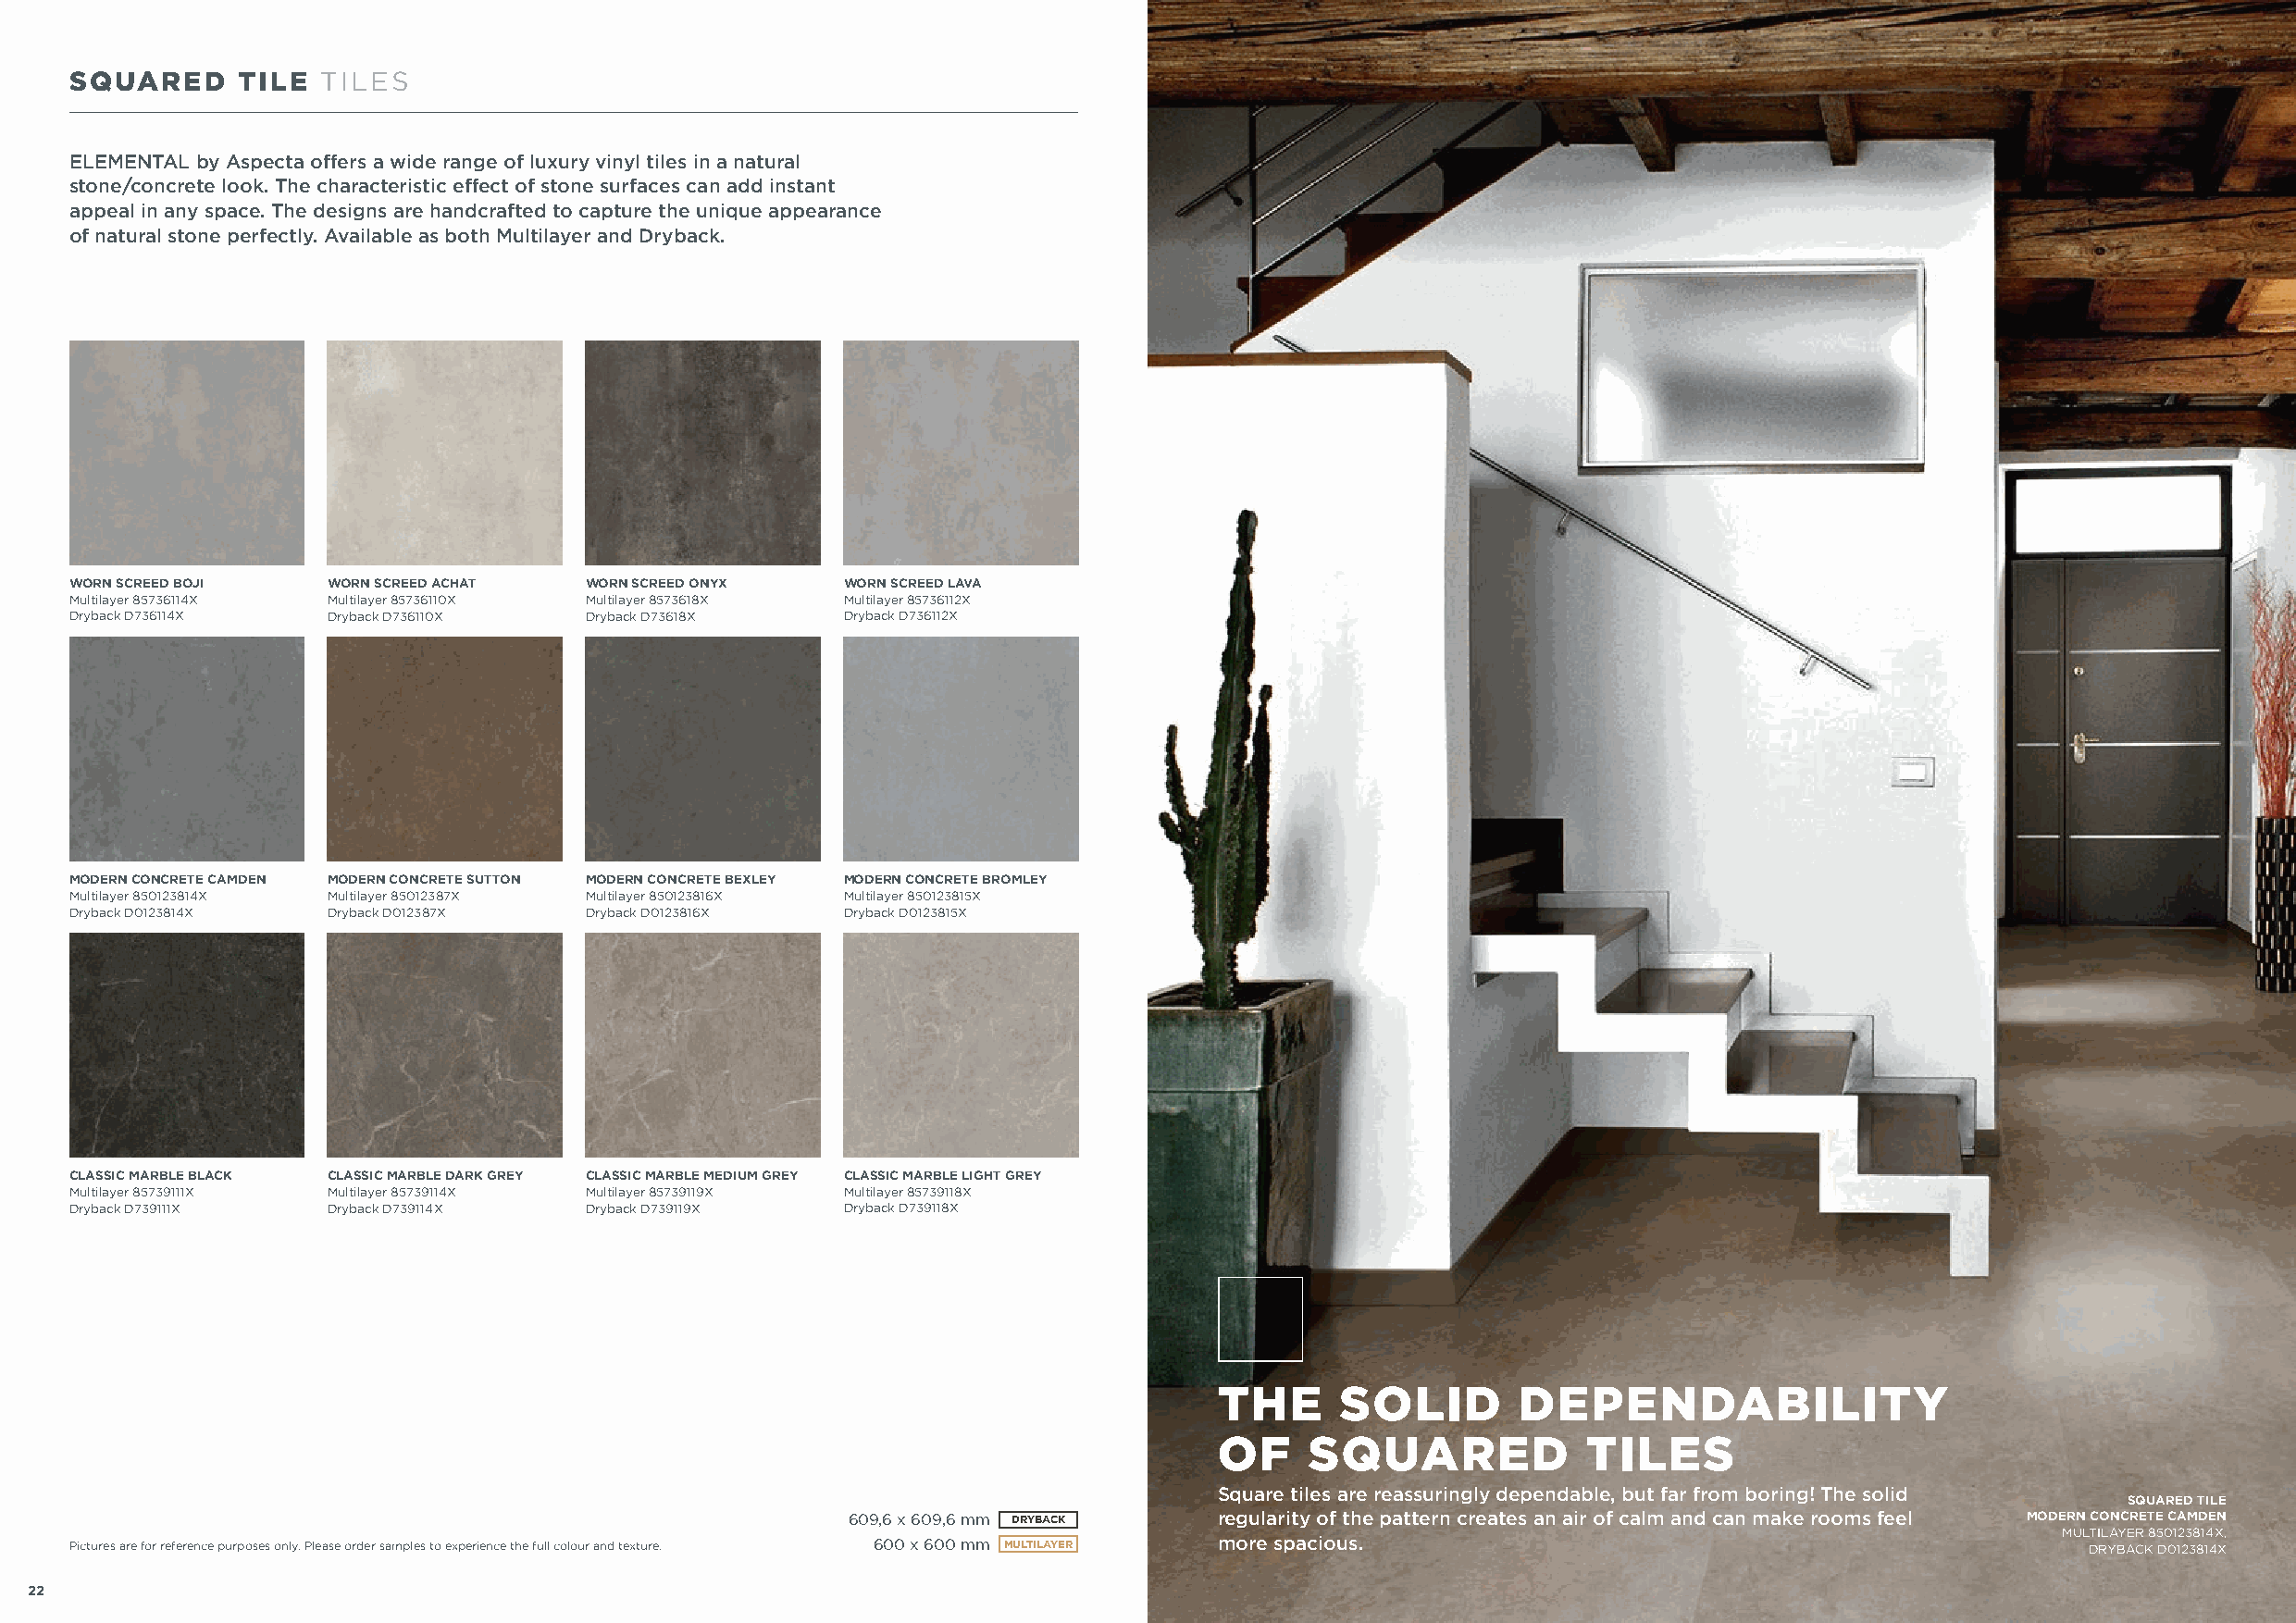
SQUARED     TILE  TILES
 ELEMENTAL by Aspecta offers a wide range of luxury vinyl tiles in a natural
 stone/concrete look. The characteristic effect of stone surfaces can add instant
 appeal in any space. The designs are handcrafted to capture the unique appearance
 of natural stone perfectly. Available as both Multilayer and Dryback.
 WORN SCREED BOJI  WORN SCREED ACHAT  WORN SCREED ONYX  WORN SCREED LAVA
 Multilayer 85736114X Multilayer 85736110X Multilayer 8573618X Multilayer 85736112X
 Dryback D736114X  Dryback D736110X   Dryback D73618X   Dryback D736112X
 MODERN CONCRETE CAMDEN MODERN CONCRETE SUTTON MODERN CONCRETE BEXLEY MODERN CONCRETE BROMLEY
 Multilayer 850123814X Multilayer 85012387X Multilayer 850123816X Multilayer 850123815X
 Dryback D0123814X Dryback D012387X   Dryback D0123816X Dryback D0123815X
 CLASSIC MARBLE BLACK CLASSIC MARBLE DARK GREY CLASSIC MARBLE MEDIUM GREY CLASSIC MARBLE LIGHT GREY
 Multilayer 85739111X Multilayer 85739114X Multilayer 85739119X Multilayer 85739118X
 Dryback D739111X  Dryback D739114X   Dryback D739119X  Dryback D739118X
 SQUARED TILE
 THE      SOLID        DEPENDABILITY
 OF     SQUARED            TILES
 Square tiles are reassuringly dependable, but far from boring! The solid
 SQUARED TILE
 609,6 x 609,6 mm DRYBACK  regularity of the pattern creates an air of calm and can make rooms feel MODERN CONCRETE CAMDEN
 MULTILAYER 850123814X,
 Pictures are for reference purposes only. Please order samples to experience the full colour and texture. 600 x 600 mm MULTILAYER more spacious. DRYBACK D0123814X
 22                                                                                                                                                             23